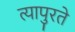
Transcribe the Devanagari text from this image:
त्यापुरते